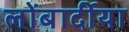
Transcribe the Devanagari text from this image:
लोंबार्दीया